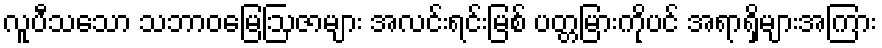
လူပီသသော သဘာဝမြေဩဇာများ အလင်းရင်းမြစ် ပတ္တမြားကိုပင် အရာရှိများအကြား